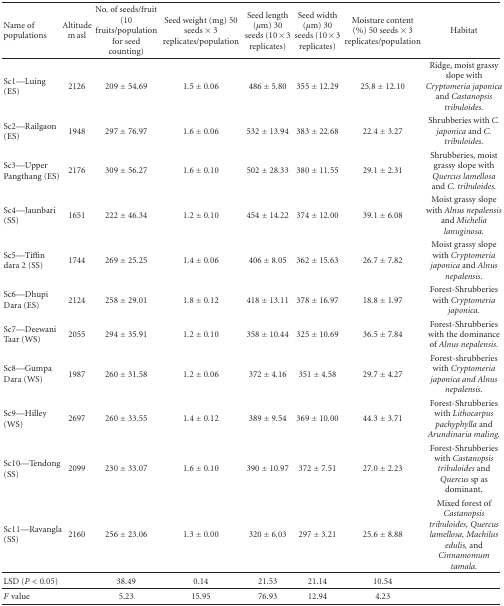
<table><thead><tr><td><b>Name of populations</b></td><td><b>Altitude m asl</b></td><td><b>No. of seeds/fruit (10 fruits/population for seed counting)</b></td><td><b>Seed weight (mg) 50 seeds × 3 replicates/population</b></td><td><b>Seed length (<i>μ</i>m) 30 seeds (10 × 3 replicates)</b></td><td><b>Seed width (<i>μ</i>m) 30 seeds (10 × 3 replicates)</b></td><td><b>Moisture content (%) 50 seeds × 3 replicates/population</b></td><td><b>Habitat</b></td></tr></thead><tbody><tr><td>Sc1—Luing (ES)</td><td>2126</td><td>209 ± 54.69</td><td>1.5 ± 0.06</td><td>486 ± 5.80</td><td>355 ± 12.29</td><td>25.8 ± 12.10</td><td>Ridge, moist grassy slope with <i>Cryptomeria japonica</i> and <i>Castanopsis tribuloides. </i></td></tr><tr><td>Sc2—Railgaon (ES)</td><td>1948</td><td>297 ± 76.97</td><td>1.6 ± 0.06</td><td>532 ± 13.94</td><td>383 ± 22.68</td><td>22.4 ± 3.27</td><td>Shrubberies with <i>C. japonica</i> and <i>C. tribuloides. </i></td></tr><tr><td>Sc3—Upper Pangthang (ES)</td><td>2176</td><td>309 ± 56.27</td><td>1.6 ± 0.10</td><td>502 ± 28.33</td><td>380 ± 11.55</td><td>29.1 ± 2.31</td><td>Shrubberies, moist grassy slope with <i>Quercus lamellosa</i> and <i>C. tribuloides. </i></td></tr><tr><td>Sc4—Jaunbari (SS)</td><td>1651</td><td>222 ± 46.34</td><td>1.2 ± 0.10</td><td>454 ± 14.22</td><td>374 ± 12.00</td><td>39.1 ± 6.08</td><td>Moist grassy slope with <i>Alnus nepalensis</i> and <i>Michelia lanuginosa. </i></td></tr><tr><td>Sc5—Tiffin dara 2 (SS)</td><td>1744</td><td>269 ± 25.25</td><td>1.4 ± 0.06</td><td>406 ± 8.05</td><td>362 ± 15.63</td><td>26.7 ± 7.82</td><td>Moist grassy slope with <i>Cryptomeria japonica</i> and <i>Alnus nepalensis. </i></td></tr><tr><td>Sc6—Dhupi Dara (ES)</td><td>2124</td><td>258 ± 29.01</td><td>1.8 ± 0.12</td><td>418 ± 13.11</td><td>378 ± 16.97</td><td>18.8 ± 1.97</td><td>Forest-Shrubberies with <i>Cryptomeria japonica. </i></td></tr><tr><td>Sc7—Deewani Taar (WS)</td><td>2055</td><td>294 ± 35.91</td><td>1.2 ± 0.10</td><td>358 ± 10.44</td><td>325 ± 10.69</td><td>36.5 ± 7.84</td><td>Forest-Shrubberies with the dominance of <i>Alnus nepalensis. </i></td></tr><tr><td>Sc8—Gumpa Dara (WS)</td><td>1987</td><td>260 ± 31.58</td><td>1.2 ± 0.06</td><td>372 ± 4.16</td><td>351 ± 4.58</td><td>29.7 ± 4.27</td><td>Forest-shrubberies with <i>Cryptomeria japonica and Alnus nepalensis. </i></td></tr><tr><td>Sc9—Hilley (WS)</td><td>2697</td><td>260 ± 33.55</td><td>1.4 ± 0.12</td><td>389 ± 9.54</td><td>369 ± 10.00</td><td>44.3 ± 3.71</td><td>Forest-Shrubberies with <i>Lithocarpus pachyphylla </i>and <i>Arundinaria maling. </i></td></tr><tr><td>Sc10—Tendong (SS)</td><td>2099</td><td>230 ± 33.07</td><td>1.6 ± 0.10</td><td>390 ± 10.97</td><td>372 ± 7.51</td><td>27.0 ± 2.23</td><td>Forest-Shrubberies with <i>Castanopsis tribuloides</i> and <i>Quercus</i> sp as dominant.</td></tr><tr><td>Sc11—Ravangla (SS)</td><td>2160</td><td>256 ± 23.06</td><td>1.3 ± 0.00</td><td>320 ± 6.03</td><td>297 ± 3.21</td><td>25.6 ± 8.88</td><td>Mixed forest of <i>Castanopsis tribuloides, Quercus lamellosa, Machilus edulis,</i> and <i>Cinnamomum tamala. </i></td></tr><tr><td>LSD (<i>P</i> &lt; 0.05)</td><td> </td><td>38.49</td><td>0.14</td><td>21.53</td><td>21.14</td><td>10.54</td><td></td></tr><tr><td><i>F</i> value</td><td> </td><td>5.23</td><td>15.95</td><td>76.93</td><td>12.94</td><td>4.23</td><td></td></tr></tbody></table>